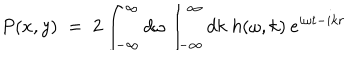
P ( x , y ) \; = \; 2 \int _ { - \infty } ^ { \infty } d \omega \int _ { - \infty } ^ { \infty } d k \; h ( \omega , k ) \: e ^ { i \omega t - i k r }